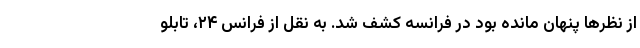
از نظرها پنهان مانده بود در فرانسه کشف شد. به نقل از فرانس ۲۴، تابلو